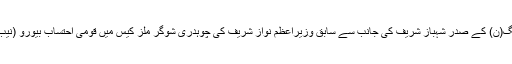
عدالت عالیہ کے جسٹس علی باقر نجفی کی سربراہی میں 2 رکنی بینچ نے مسلم لیگ(ن) کے صدر شہباز شریف کی جانب سے سابق وزیراعظم نواز شریف کی چوہدری شوگر ملز کیس میں قومی احتساب بیورو (نیب) کی حراست سے طبی بنیادوں پر رہائی کے لیے دائر درخواست پر سماعت کی۔